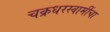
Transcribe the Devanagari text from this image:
चक्रधरस्वामींचा